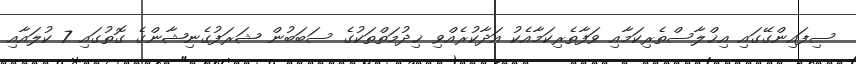
ސިފައިންގޭގައި އިޚްލާސްތެރިކަމާއި ވަފާތެރިކަމާއެކު އަދާކުރެއްވި ޚިދުމަތްތަކުގެ ސަބަބުން ޝަރަފުގެނިޝާންގެ ގޮތުގައި 7 ކުލައާއި